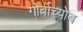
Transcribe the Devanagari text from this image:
गोर्बाच्योब